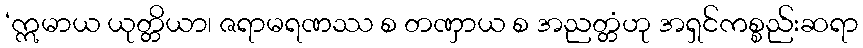
‘ဣမာယ ယုတ္တိယာ၊ ဇရာမရဏဿ စ တဏှာယ စ အညတ္တံဟု အရှင်ကစ္စည်းဆရာ